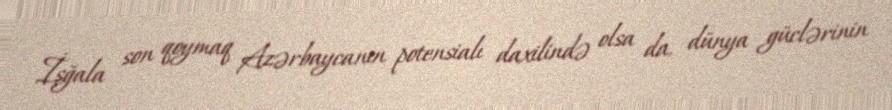
İşğala son qoymaq Azərbaycanın potensialı daxilində olsa da, dünya güclərinin